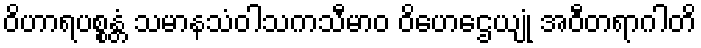
ဝိဟာရပစ္စန္တံ သမာနသံဝါသကသီမာဝ ဝိဟေဌေယျုံ အဝီတရာဂါတိ